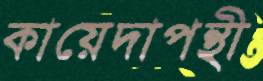
কায়েদাপন্থী